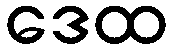
ဒေထ